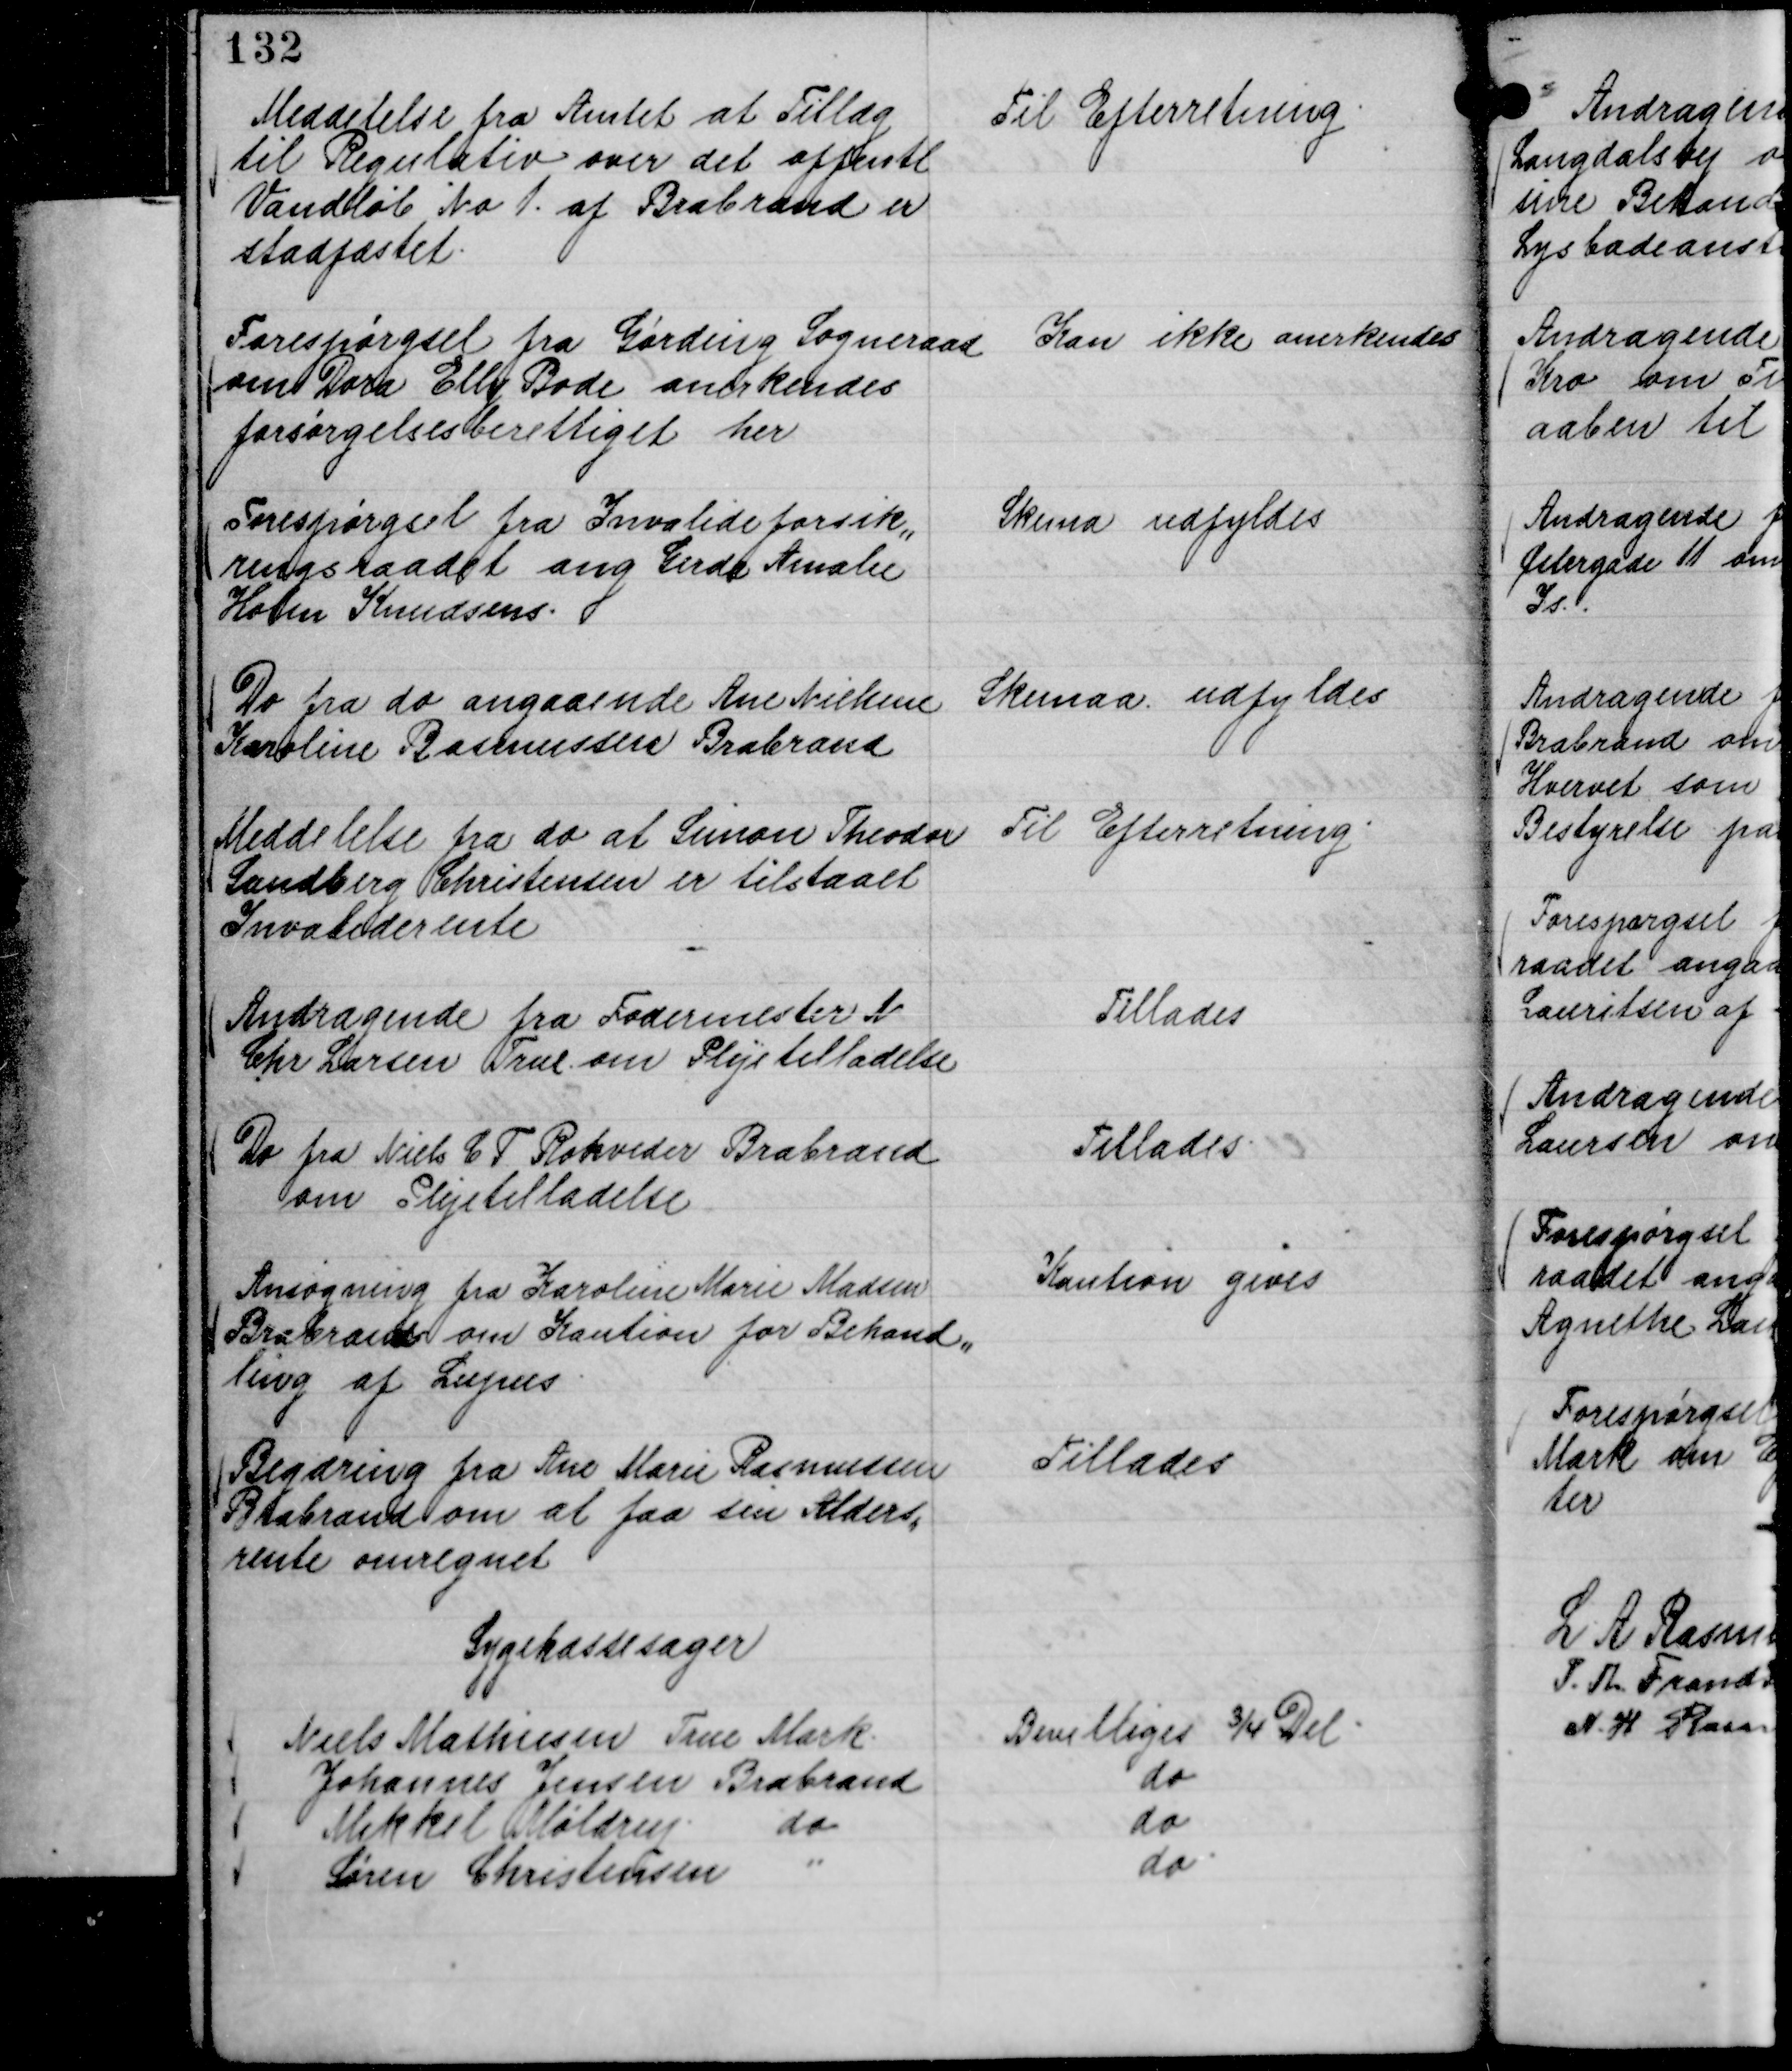
Transskription:
Meddelelse fra Amtet at Tillæg
til Regulativ over det offentl
Vandløb No 1. af Brabrand er
stadfæstet.

Til Efterretning.

Forespørgsel fra Gørding Sogneraad
om Dora Elly Rode anerkendes
forsørgelsesberettiget her

Kan ikke anerkendes

Forespørgsel fra Invalideforsik,,
ringsraadet ang Gerda Amalie
Holm Knudsens.

Skema udfyldes

Do fra do angaaende Ane Nielsine
Karoline Rasmussen Brabrand

Skema udfyldes

Meddelelse fra do at Simon Theodor
Sandberg Christensen er tilstaaet
Invaliderente

Til Efterretning.

Andragende fra Fodermester N
Chr Larsen True om Plejetilladelse

Tillades

Do fra Niels C T Rohveder Brabrand
om Plejetilladelse

Tillades

Ansøgning fra Karoline Marie Madsen
Brabrand om Kaution for Behand,,
ling af Lupus

Kaution gives

Begæring fra Ane Marie Rasmussen
Brabrand om at faa sin Alders,,
rente omregnet

Tillades

Sygekassesager
Niels Mathiesen True Mark.
Bevilliges ¾ Del.
Johannes Jensen Brabrand
do
Mikkel Møldrup.
do
do
Søren Christensen
"
do.